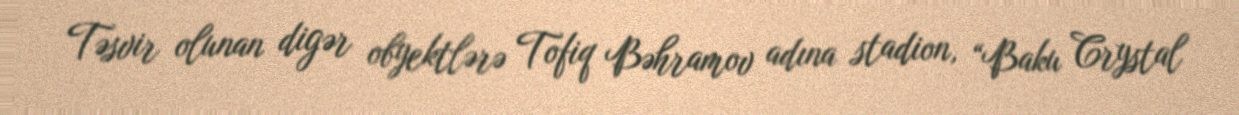
Təsvir olunan digər obyektlərə Tofiq Bəhramov adına stadion, “Baku Crystal